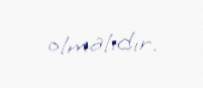
olmalıdır.